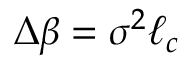
\Delta \beta = \sigma ^ { 2 } \ell _ { c }